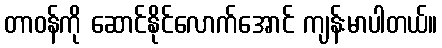
တာဝန်ကို ဆောင်နိုင်လောက်အောင် ကျန်းမာပါတယ်။